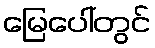
မြေပေါ်တွင်